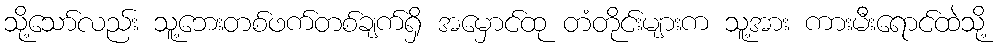
သို့သော်လည်း သူ့ဘေးတစ်ဖက်တစ်ချက်ရှိ အမှောင်ထု တံတိုင်းများက သူ့အား ကားမီးရောင်ထဲသို့